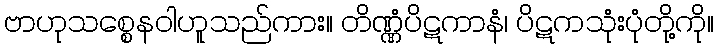
ဗာဟုသစ္စေနဝါဟူသည်ကား။ တိဏ္ဏံပိဋကာနံ၊ ပိဋကသုံးပုံတို့ကို။